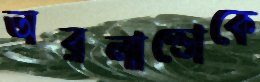
অরলান্ডোকে